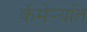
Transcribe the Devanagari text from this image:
कॅमेर्‍यांत